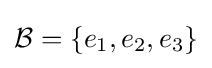
{\mathcal {B}}=\{e_{1},e_{2},e_{3}\}